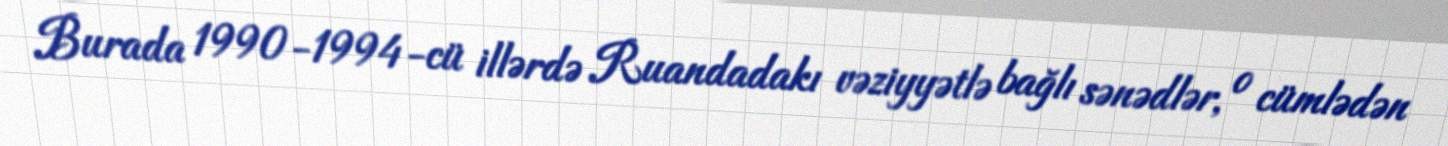
Burada 1990-1994-cü illərdə Ruandadakı vəziyyətlə bağlı sənədlər, o cümlədən